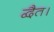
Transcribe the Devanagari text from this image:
द्वैत।